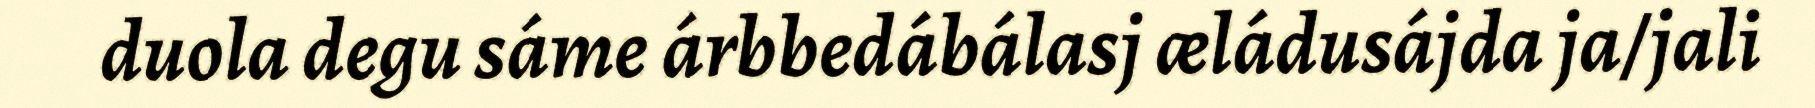
duola degu sáme árbbedábálasj æládusájda ja/jali